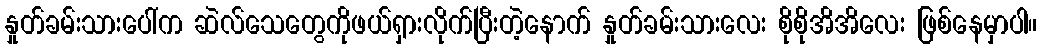
နှုတ်ခမ်းသားပေါ်က ဆဲလ်သေတွေကိုဖယ်ရှားလိုက်ပြီးတဲ့နောက် နှုတ်ခမ်းသားလေး စိုစိုအိအိလေး ဖြစ်နေမှာပါ။